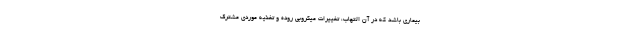
بیماری باشد که در آن التهاب، تغییرات میکروبی روده و تغذیه موردی مشترک